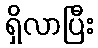
ရှိလာပြီး